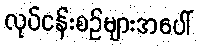
လုပ်ငန်းစဉ်များအပေါ်